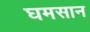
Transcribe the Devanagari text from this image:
घमसान